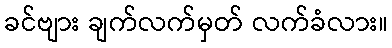
ခင်ဗျား ချက်လက်မှတ် လက်ခံလား။